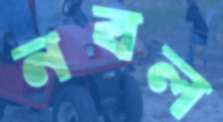
নবল